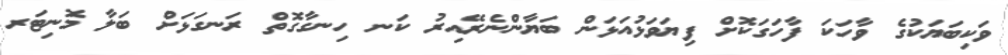
ވަކިބަޔަކުގެ ވާހަކަ ފާހަގަކޮށް ފިޔަވަޅުއަޅަން ބަޔާންނެރޭއިރު ކަނ ހިނގާގޮތް ރަނގަޅަށް ބަލާ މޮނިޓަރ